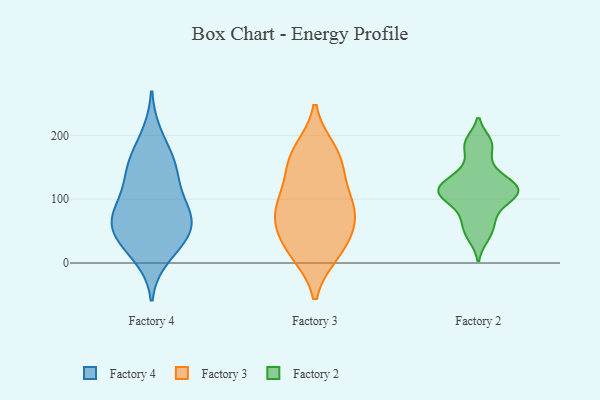
{"axis": {"x": "Shipments", "y": "Value"}, "legend": ["Factory 2", "Factory 3", "Factory 4"], "data": [{"x": "", "y": 47, "type": "Factory 4"}, {"x": "", "y": 200, "type": "Factory 4"}, {"x": "", "y": 98, "type": "Factory 4"}, {"x": "", "y": 69, "type": "Factory 4"}, {"x": "", "y": 58, "type": "Factory 4"}, {"x": "", "y": 25, "type": "Factory 4"}, {"x": "", "y": 81, "type": "Factory 4"}, {"x": "", "y": 152, "type": "Factory 4"}, {"x": "", "y": 10, "type": "Factory 4"}, {"x": "", "y": 91, "type": "Factory 4"}, {"x": "", "y": 56, "type": "Factory 4"}, {"x": "", "y": 156, "type": "Factory 4"}, {"x": "", "y": 127, "type": "Factory 4"}, {"x": "", "y": 44, "type": "Factory 4"}, {"x": "", "y": 156, "type": "Factory 4"}, {"x": "", "y": 68, "type": "Factory 3"}, {"x": "", "y": 84, "type": "Factory 3"}, {"x": "", "y": 15, "type": "Factory 3"}, {"x": "", "y": 28, "type": "Factory 3"}, {"x": "", "y": 100, "type": "Factory 3"}, {"x": "", "y": 67, "type": "Factory 3"}, {"x": "", "y": 167, "type": "Factory 3"}, {"x": "", "y": 176, "type": "Factory 3"}, {"x": "", "y": 164, "type": "Factory 3"}, {"x": "", "y": 136, "type": "Factory 3"}, {"x": "", "y": 59, "type": "Factory 3"}, {"x": "", "y": 103, "type": "Factory 3"}, {"x": "", "y": 16, "type": "Factory 3"}, {"x": "", "y": 99, "type": "Factory 2"}, {"x": "", "y": 189, "type": "Factory 2"}, {"x": "", "y": 58, "type": "Factory 2"}, {"x": "", "y": 112, "type": "Factory 2"}, {"x": "", "y": 152, "type": "Factory 2"}, {"x": "", "y": 185, "type": "Factory 2"}, {"x": "", "y": 41, "type": "Factory 2"}, {"x": "", "y": 127, "type": "Factory 2"}, {"x": "", "y": 106, "type": "Factory 2"}, {"x": "", "y": 75, "type": "Factory 2"}, {"x": "", "y": 106, "type": "Factory 2"}, {"x": "", "y": 120, "type": "Factory 2"}, {"x": "", "y": 126, "type": "Factory 2"}]}